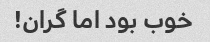
خوب بود اما گران!